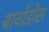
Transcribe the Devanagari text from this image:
बार्वाडोस